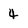
Character: 4